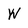
Character: W